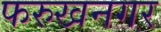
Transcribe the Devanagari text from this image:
फरुखनगर